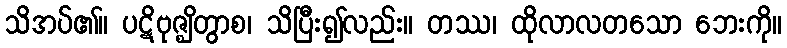
သိအပ်၏။ ပဋိဗုဇ္ဈိတွာစ၊ သိပြီး၍လည်း။ တဿ၊ ထိုလာလတသော ဘေးကို။